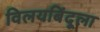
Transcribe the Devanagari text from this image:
विलयबिंदूला